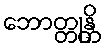
ဘောတ္တုန္တိ